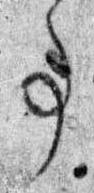
事